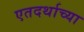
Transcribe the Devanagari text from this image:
एतदर्थाच्या